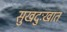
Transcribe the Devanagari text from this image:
सुखदुःखात